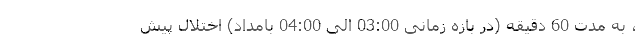
، به مدت 60 دقیقه (در بازه زمانی 03:00 الی 04:00 بامداد) اختلال پیش